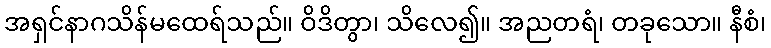
အရှင်နာဂသိန်မထေရ်သည်။ ဝိဒိတွာ၊ သိလေ၍။ အညတရံ၊ တခုသော။ နီစံ၊